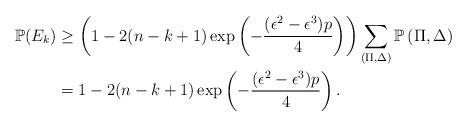
LaTeX: \begin{align*}\mathbb{P}(E_k) & \ge \left( 1 - 2 (n - k + 1) \exp \left( - \frac{ (\epsilon^2 - \epsilon^3) p }{4} \right) \right) \sum_{\left(\Pi, \Delta\right)} \mathbb{P}\left(\Pi, \Delta\right) \\& = 1- 2 (n - k + 1) \exp \left( - \frac{ (\epsilon^2 - \epsilon^3) p }{4} \right).\end{align*}